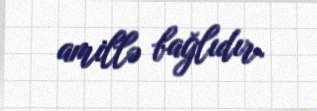
amillə bağlıdır.